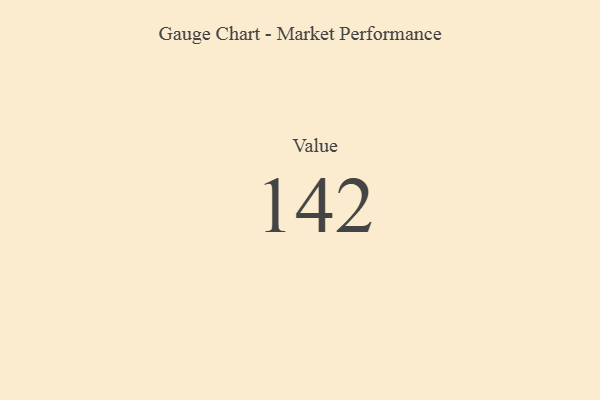
{"axis": {"x": "Metric", "y": "Value"}, "legend": [""], "data": [{"x": "Value", "y": 142, "type": ""}]}